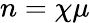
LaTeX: n=\chi\mu